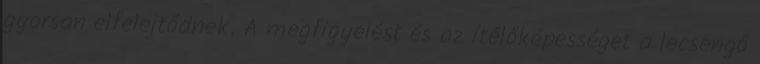
gyorsan elfelejtődnek. A megfigyelést és az ítélőképességet a lecsengő